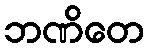
ဘဏိတေ